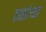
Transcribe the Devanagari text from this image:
तळांच्या